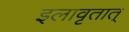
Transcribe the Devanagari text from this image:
इलावृतात्